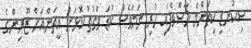
ސިކުނޑި ކިތަންމެ ހާސްވެފައި ހުރި ނަމަވެސް ކުޑަ ވަގުތު ކޮޅަށް އީތަންއަށް ޒޫރިންގެ